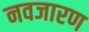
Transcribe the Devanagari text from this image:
नवजारण